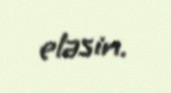
eləsin.